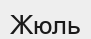
Жюль